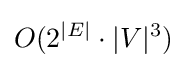
O(2^{|E|}\cdot |V|^{3})